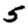
Digit: 5